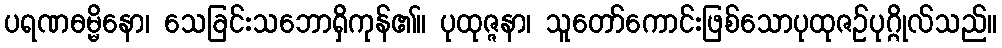
ပရဏဓမ္မိနော၊ သေခြင်းသဘောရှိကုန်၏။ ပုထုဇ္ဇနာ၊ သူတော်ကောင်းဖြစ်သောပုထုဇဉ်ပုဂ္ဂိုလ်သည်။